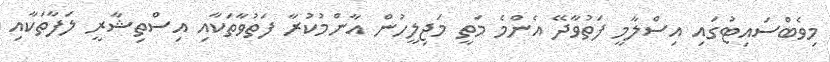
މިވެބްސައިޓުގައި އިސްލާމީ ފަތުވާދޭ އެންމެ މަތީ މަޖިލީހުން އާންމުކުރާ ފަތުވާތަކާއި އިސްތިޝާރީ ލަފާތަކާއި